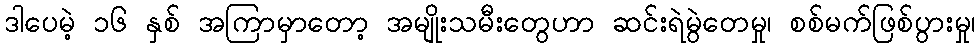
ဒါပေမဲ့ ၁၆ နှစ် အကြာမှာတော့ အမျိုးသမီးတွေဟာ ဆင်းရဲမွဲတေမှု၊ စစ်မက်ဖြစ်ပွားမှု၊